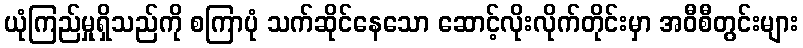
ယုံကြည်မှုရှိသည်ကို စကြာပုံ သက်ဆိုင်နေသော ဆောင့်လိုးလိုက်တိုင်းမှာ အဝီစီတွင်းများ